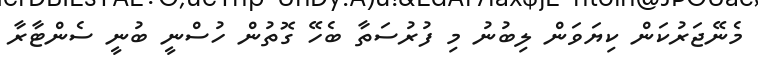
މެނޭޖަރުކަން ކިޔަވަން ލިބުނު މި ފުރުސަތާ ބެހޭ ގޮތުން ހުސްނީ ބުނީ ސެންޓާރާ